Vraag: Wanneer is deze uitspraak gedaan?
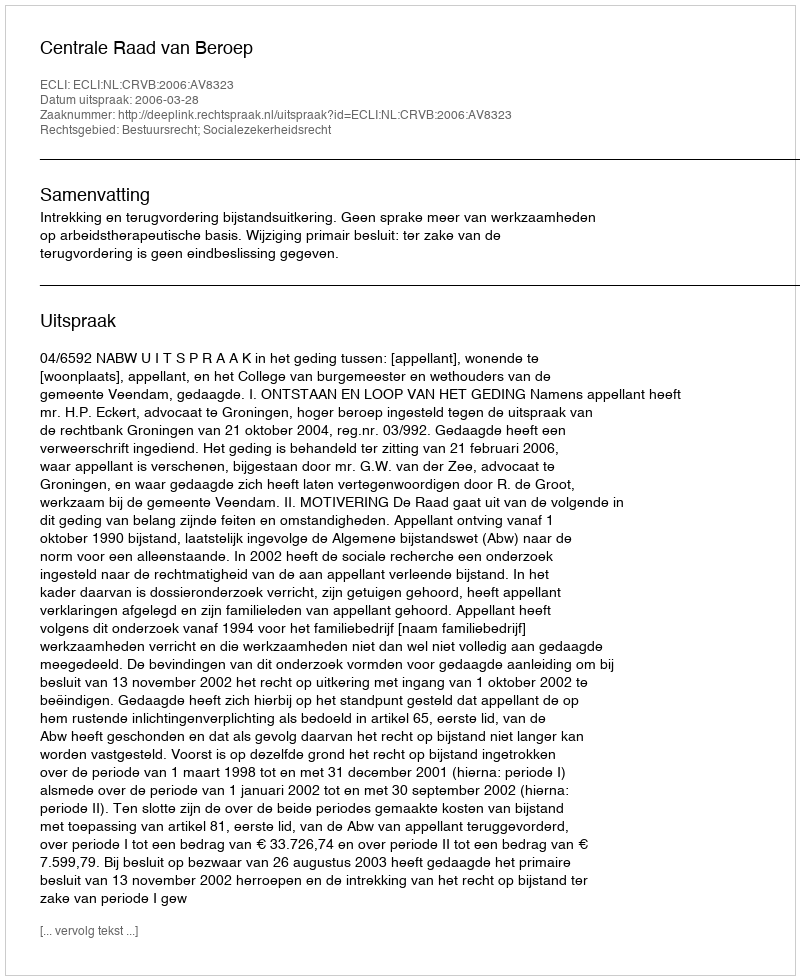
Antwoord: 2006-03-28